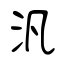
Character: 汎